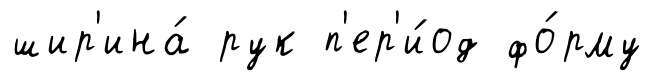
шир'ина́ рук п'ер'и́од фо́рму